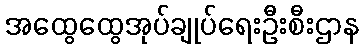
အထွေထွေအုပ်ချုပ်ရေးဦးစီးဌာန